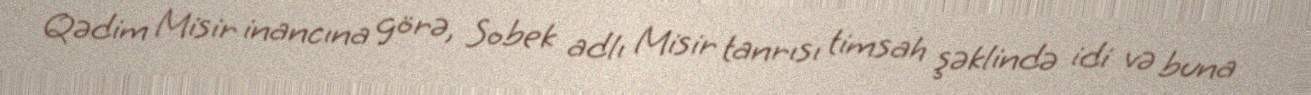
Qədim Misir inancına görə, Sobek adlı Misir tanrısı timsah şəklində idi və buna